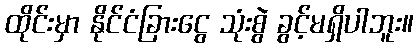
ထိုင်းမှာ နိုင်ငံခြားငွေ သုံးစွဲ ခွင့်မရှိပါဘူး။